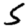
Digit: 5